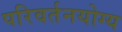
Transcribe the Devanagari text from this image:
परिवर्तनयोग्य